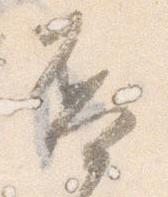
否